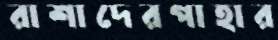
রাশাদেরপাহার